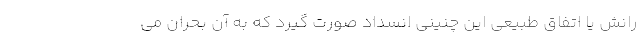
رانش یا اتفاق طبیعی این چنینی انسداد صورت گیرد که به آن بحران می